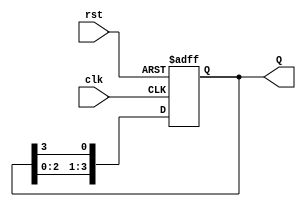
module ring_counter #(
    parameter N = 4  // Number of flip-flops in the ring counter
)(
    input wire clk,   // Clock signal
    input wire rst,   // Asynchronous reset signal
    output reg [N-1:0] Q  // N-bit output representing the current state
);

// Initial state for the ring counter
initial begin
    Q = 1'b1; // Start with the first flip-flop set to '1'
end

always @(posedge clk or posedge rst) begin
    if (rst) begin
        Q <= 1'b1; // Reset the counter to initial state
    end else begin
        // Shift the '1' to the next flip-flop in the ring
        Q <= {Q[N-2:0], Q[N-1]}; // Rotate the '1' through the flip-flops
    end
end

endmodule